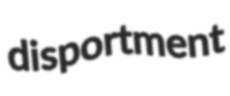
disportment